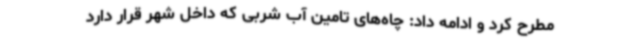
مطرح کرد و ادامه داد: چاه‌های تامین آب شربی که داخل شهر قرار دارد